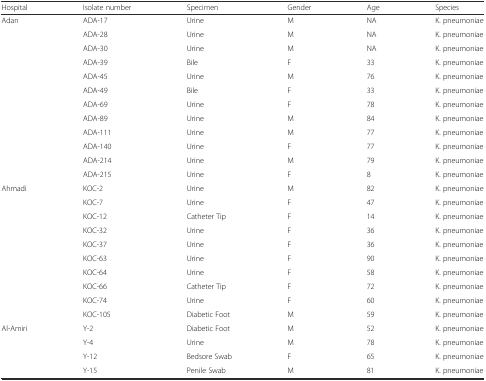
<table><thead><tr><td><b>Hospital</b></td><td><b>Isolate number</b></td><td><b>Specimen</b></td><td><b>Gender</b></td><td><b>Age</b></td><td><b>Species</b></td></tr></thead><tbody><tr><td>Adan</td><td>ADA-17</td><td>Urine</td><td>M</td><td>NA</td><td>K. pneumoniae</td></tr><tr><td></td><td>ADA-28</td><td>Urine</td><td>M</td><td>NA</td><td>K. pneumoniae</td></tr><tr><td></td><td>ADA-30</td><td>Urine</td><td>M</td><td>NA</td><td>K. pneumoniae</td></tr><tr><td></td><td>ADA-39</td><td>Bile</td><td>F</td><td>33</td><td>K. pneumoniae</td></tr><tr><td></td><td>ADA-45</td><td>Urine</td><td>M</td><td>76</td><td>K. pneumoniae</td></tr><tr><td></td><td>ADA-49</td><td>Bile</td><td>F</td><td>33</td><td>K. pneumoniae</td></tr><tr><td></td><td>ADA-69</td><td>Urine</td><td>F</td><td>78</td><td>K. pneumoniae</td></tr><tr><td></td><td>ADA-89</td><td>Urine</td><td>M</td><td>84</td><td>K. pneumoniae</td></tr><tr><td></td><td>ADA-111</td><td>Urine</td><td>M</td><td>77</td><td>K. pneumoniae</td></tr><tr><td></td><td>ADA-140</td><td>Urine</td><td>F</td><td>77</td><td>K. pneumoniae</td></tr><tr><td></td><td>ADA-214</td><td>Urine</td><td>M</td><td>79</td><td>K. pneumoniae</td></tr><tr><td></td><td>ADA-215</td><td>Urine</td><td>F</td><td>8</td><td>K. pneumoniae</td></tr><tr><td>Ahmadi</td><td>KOC-2</td><td>Urine</td><td>M</td><td>82</td><td>K. pneumoniae</td></tr><tr><td></td><td>KOC-7</td><td>Urine</td><td>F</td><td>47</td><td>K. pneumoniae</td></tr><tr><td></td><td>KOC-12</td><td>Catheter Tip</td><td>F</td><td>14</td><td>K. pneumoniae</td></tr><tr><td></td><td>KOC-32</td><td>Urine</td><td>F</td><td>36</td><td>K. pneumoniae</td></tr><tr><td></td><td>KOC-37</td><td>Urine</td><td>F</td><td>36</td><td>K. pneumoniae</td></tr><tr><td></td><td>KOC-63</td><td>Urine</td><td>F</td><td>90</td><td>K. pneumoniae</td></tr><tr><td></td><td>KOC-64</td><td>Urine</td><td>F</td><td>58</td><td>K. pneumoniae</td></tr><tr><td></td><td>KOC-66</td><td>Catheter Tip</td><td>F</td><td>72</td><td>K. pneumoniae</td></tr><tr><td></td><td>KOC-74</td><td>Urine</td><td>F</td><td>60</td><td>K. pneumoniae</td></tr><tr><td></td><td>KOC-105</td><td>Diabetic Foot</td><td>M</td><td>59</td><td>K. pneumoniae</td></tr><tr><td>Al-Amiri</td><td>Y-2</td><td>Diabetic Foot</td><td>M</td><td>52</td><td>K. pneumoniae</td></tr><tr><td></td><td>Y-4</td><td>Urine</td><td>M</td><td>78</td><td>K. pneumoniae</td></tr><tr><td></td><td>Y-12</td><td>Bedsore Swab</td><td>F</td><td>65</td><td>K. pneumoniae</td></tr><tr><td></td><td>Y-15</td><td>Penile Swab</td><td>M</td><td>81</td><td>K. pneumoniae</td></tr></tbody></table>